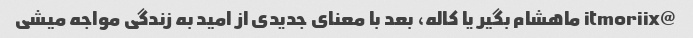
@itmoriix ماهشام بگیر یا کاله، بعد با معنای جدیدی از امید به زندگی مواجه میشی